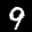
Label: 9